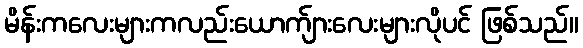
မိန်းကလေးများကလည်းယောက်ျားလေးများလိုပင် ဖြစ်သည်။